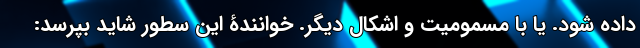
داده شود. یا با مسمومیت و اَشکال دیگر. خوانندۀ این سطور شاید بپرسد: